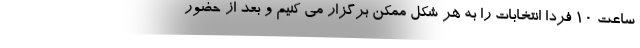
ساعت 10 فردا انتخابات را به هر شکل ممکن برگزار می کنیم و بعد از حضور